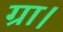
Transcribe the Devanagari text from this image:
ग्रा।